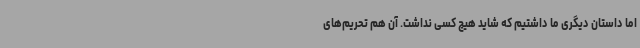
اما داستان دیگری ما داشتیم که شاید هیچ کسی نداشت. آن هم تحریم‌های